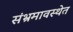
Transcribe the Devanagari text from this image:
संभ्रमावस्थेत